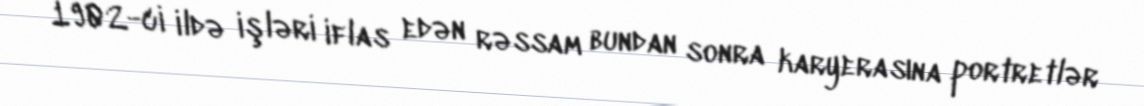
1902-ci ildə işləri iflas edən rəssam bundan sonra karyerasına portretlər